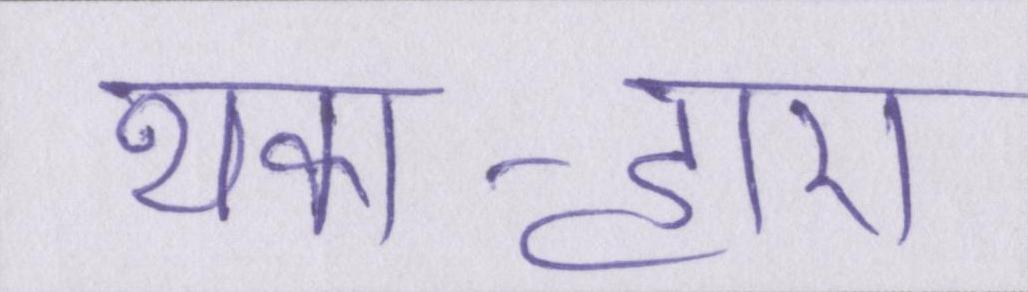
थका-हारा